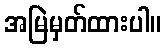
အမြဲမှတ်ထားပါ။